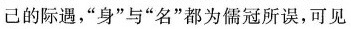
己的际遇，”身”与”名”都为儒冠所误，可见